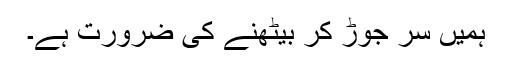
ہمیں سر جوڑ کر بیٹھنے کی ضرورت ہے۔